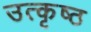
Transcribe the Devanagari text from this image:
उत्‍कृष्ठ